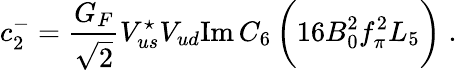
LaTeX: c_{2}^{-}={\frac{G_{F}}{\sqrt{2}}}V_{us}^{\star}V_{ud}\mathrm{Im}\, C_{6}\, \biggl(16B_{0}^{2}f_{\pi}^{2}L_{5}\biggr)\; .